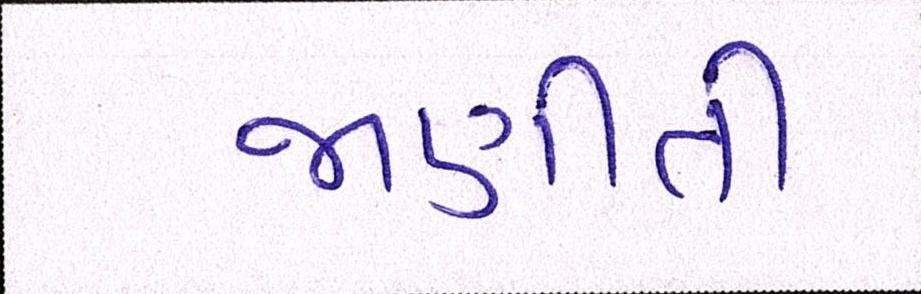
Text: જાણીતી